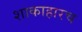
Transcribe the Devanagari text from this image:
शाकाहारच